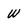
Character: W